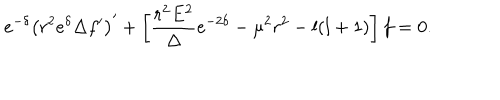
e ^ { - \delta } \left( r ^ { 2 } e ^ { \delta } \Delta f ^ { \prime } \right) ^ { \prime } + \left[ \frac { r ^ { 2 } E ^ { 2 } } { \Delta } e ^ { - 2 \delta } - \mu ^ { 2 } r ^ { 2 } - l ( l + 1 ) \right] f = 0 .